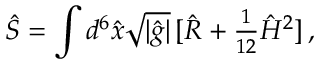
\hat { S } = \int d ^ { 6 } \hat { x } \sqrt { | \hat { g } | } \, [ \hat { R } + { \textstyle \frac { 1 } { 1 2 } } \hat { H } ^ { 2 } ] \, ,